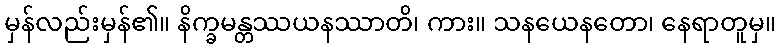
မှန်လည်းမှန်၏။ နိက္ခမန္တဿယနဿာတိ၊ ကား။ သနယေနတော၊ နေရာတူမှ။